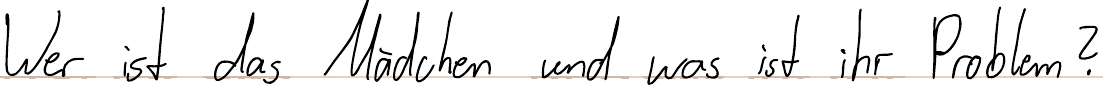
Wer ist das Mädchen und was ist ihr Problem?